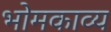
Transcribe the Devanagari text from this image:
भोमकाव्य